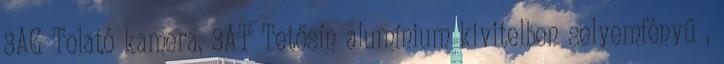
3AG Tolató kamera, 3AT Tetősín alumínium kivitelben selyemfényű ,